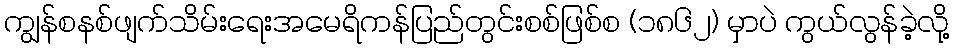
ကျွန်စနစ်ဖျက်သိမ်းရေးအမေရိကန်ပြည်တွင်းစစ်ဖြစ်စ (၁၈၆၂) မှာပဲ ကွယ်လွန်ခဲ့လို့